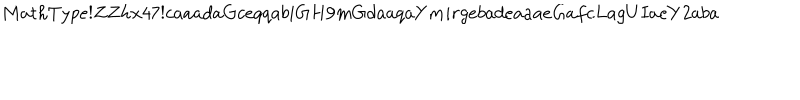
M a t h T y p e ! Z Z h x 4 7 ! c a a a d a G c e q q a b i G H 9 m G d a a q a Y m i r g e b a d e a a a e G a f c L a g U I a e Y 2 a b a